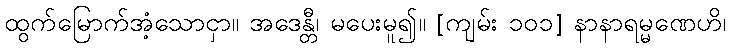
ထွက်မြောက်အံ့သောငှာ။ အဒေန္တီ၊ မပေးမူ၍။ [ကျမ်း ၁၀၁] နာနာရမ္မဏေဟိ၊